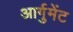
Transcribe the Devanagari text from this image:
आर्गुमेंट